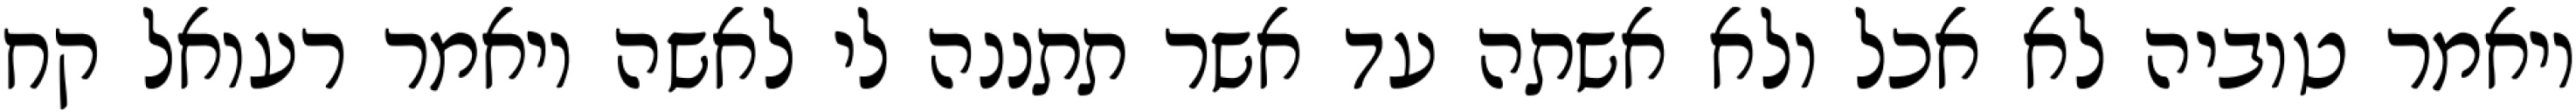
ויאמר טוביה לא אכל ולא אשתה עד אשר תתננה לי לאשה ויאמר רעואל קח